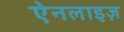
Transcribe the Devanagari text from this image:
ऐनलाइज़